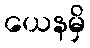
ယေနမှိ